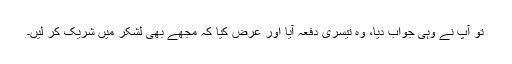
تو آپ نے وہی جواب دیا، وہ تیسری دفعہ آیا اور عرض کیا کہ مجھے بھی لشکر میں شریک کر لیں۔